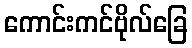
ကောင်းကင်ဗိုလ်ခြေ